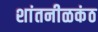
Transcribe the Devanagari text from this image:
शांतनीळकंठ